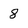
Character: 8